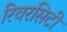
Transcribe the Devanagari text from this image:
रिवरसिटी